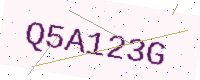
Text: Q5A123G